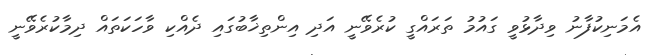
އެމަނިކުފާނު ވިދާޅުވީ ގައުމު ތަރައްގީ ކުރެވޭނީ އަދި އިންތިޚާބުގައި ދެއްކި ވާހަކަތައް ދިމާކުރެވޭނީ